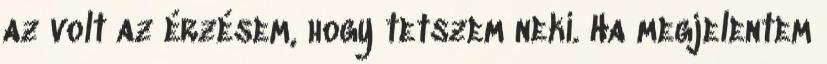
az volt az érzésem, hogy tetszem neki. Ha megjelentem